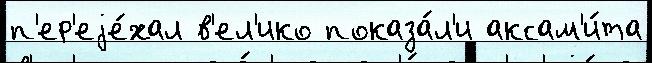
п'ер'еjе́хал в'ел'ико показа́л'и аксам'и́та